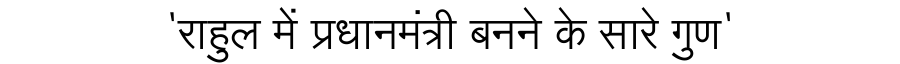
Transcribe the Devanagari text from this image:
'राहुल में प्रधानमंत्री बनने के सारे गुण'